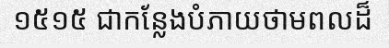
១៥១៥ ជាកន្លែងបំភាយថាមពលដ៏